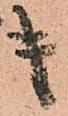
キ